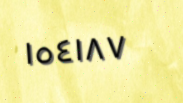
١٥٤١٨٧